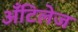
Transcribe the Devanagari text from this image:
अँटिलेज